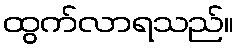
ထွက်လာရသည်။